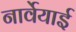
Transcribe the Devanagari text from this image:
नार्वेयाई